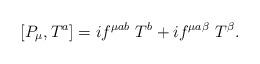
LaTeX: \begin{align*}\left[ P_\mu, T^a\right] = i f^{\mu ab}\ T^b + i f^{\mu a \beta }\ T^\beta.\end{align*}